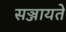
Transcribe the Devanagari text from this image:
सञ्जायते